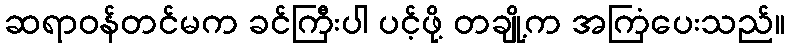
ဆရာဝန်တင်မက ခင်ကြီးပါ ပင့်ဖို့ တချို့က အကြံပေးသည်။